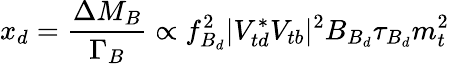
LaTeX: x_{d}=\frac{\Delta M_{B}}{\Gamma_{B}}\propto f_{B_{d}}^{2}|V_{td}^{*}V_{tb}|^{2}B_{B_{d}}\tau_{B_{d}}m_{t}^{2}